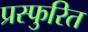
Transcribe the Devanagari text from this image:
प्रस्फुरित